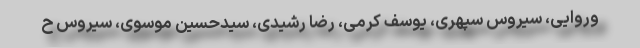
وروایی، سیروس سپهری، یوسف کرمی، رضا رشیدی، سیدحسین موسوی، سیروس ح